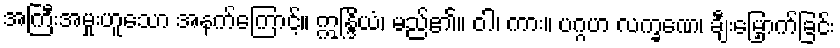
အကြီးအမှုးဟူသော အနက်ကြောင့်။ ဣန္ဒြိယံ၊ မည်၏။ ဝါ၊ ကား။ ပဂ္ဂဟ လက္ခဏေ၊ ချီးမြှောက်ခြင်း